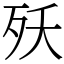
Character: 殀